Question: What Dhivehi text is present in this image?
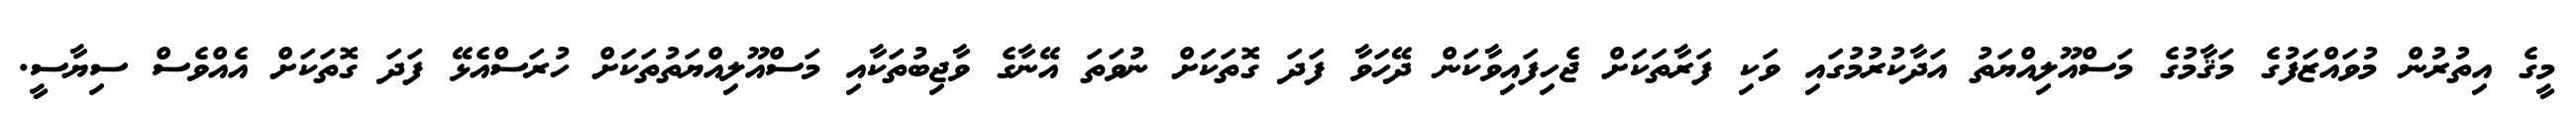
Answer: މީގެ އިތުރުން މުވައްޒަފުގެ މަޤާމުގެ މަސްއޫލިއްޔަތު އަދާކުރުމުގައި ވަކި ފަރާތަކަށް ޖެހިފައިވާކަން ދޭހަވާ ފަދަ ގޮތަކަށް ނުވަތަ އޭނާގެ ވާޖިބުތަކާއި މަސްއޫލިއްޔަތުތަކަށް ހުރަސްއެޅޭ ފަދަ ގޮތަކަށް އެއްވެސް ސިޔާސީ.